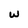
Character: w